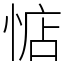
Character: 惦